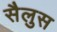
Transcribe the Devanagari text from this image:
सैलुस